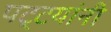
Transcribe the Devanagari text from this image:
पट्टयांनी